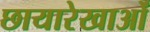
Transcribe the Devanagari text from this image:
छायारेखाओं